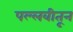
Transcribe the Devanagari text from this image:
पल्लवीतून